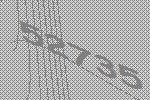
52735